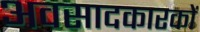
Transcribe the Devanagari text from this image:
अवसादकारकों